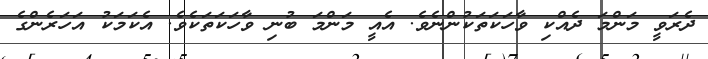
ދެރަވީ މަންމަ ދެއްކި ވާހަކަތަކުންނެވެ. އެއީ މަންމަ ބުނި ވާހަކަތަކެވެ. އެކަމަކު އަހަރެންގެ